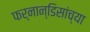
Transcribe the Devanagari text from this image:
फर्नान्डिसांच्या